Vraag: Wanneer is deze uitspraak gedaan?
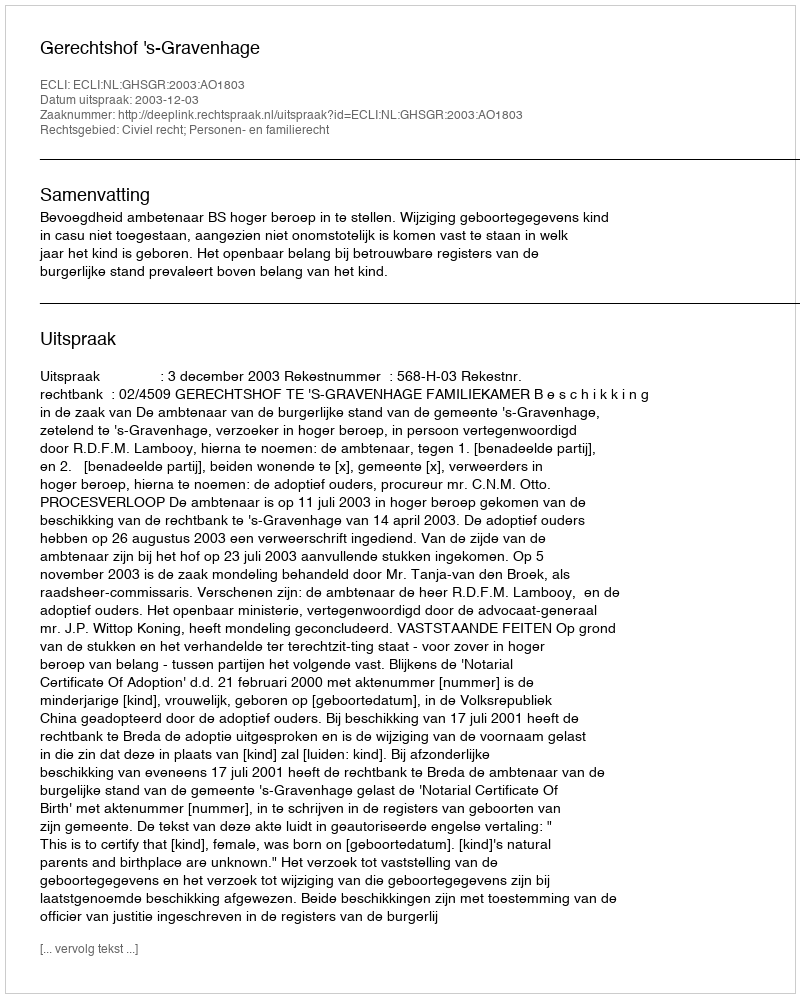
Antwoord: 2003-12-03